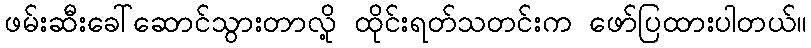
ဖမ်းဆီးခေါ်ဆောင်သွားတာလို့ ထိုင်းရတ်သတင်းက ဖော်ပြထားပါတယ်။